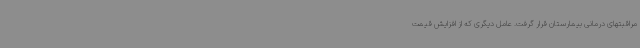
مراقبتهای درمانی بیمارستان قرار گرفت. عامل دیگری که از افزایش قیمت